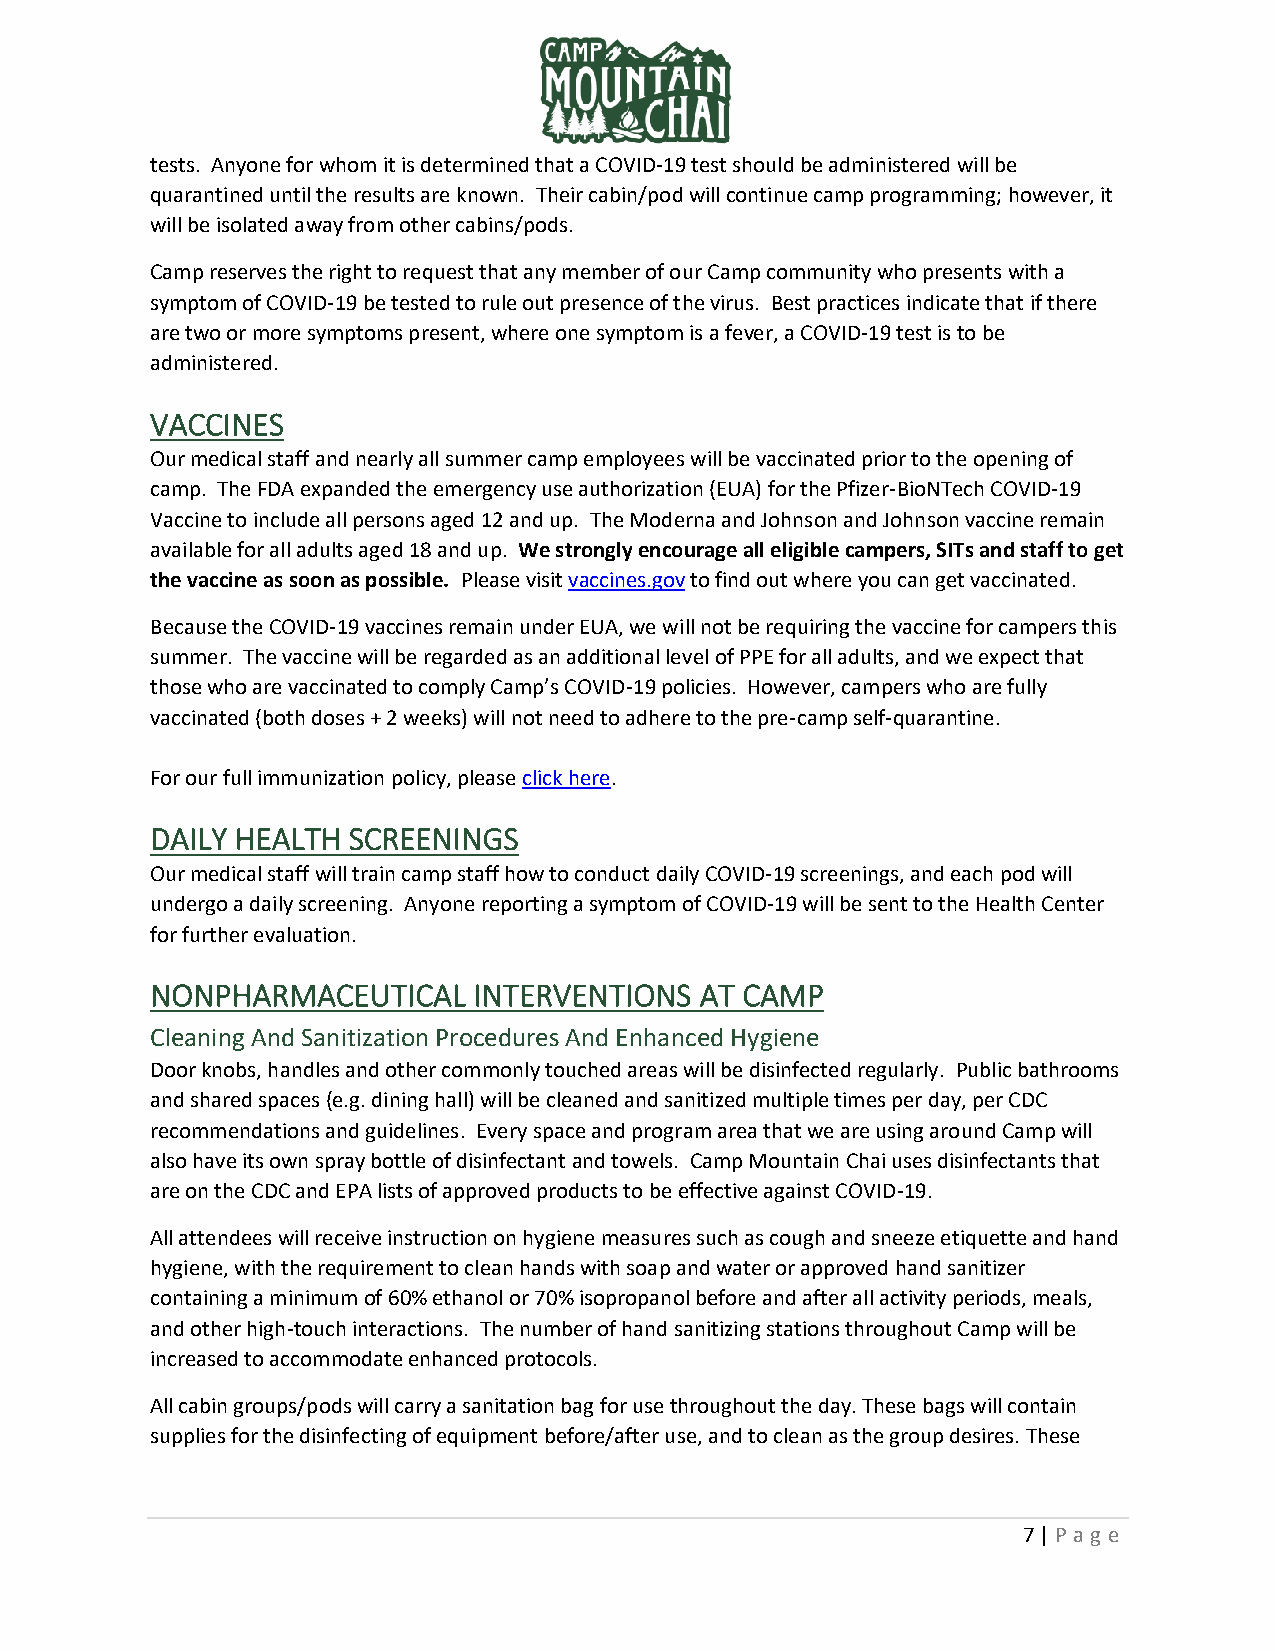
tests. Anyone for whom it is determined that a COVID-19 test should be administered will be
 quarantined until the results are known. Their cabin/pod will continue camp programming; however, it
 will be isolated away from other cabins/pods.
 Camp reserves the right to request that any member of our Camp community who presents with a
 symptom of COVID-19 be tested to rule out presence of the virus. Best practices indicate that if there
 are two or more symptoms present, where one symptom is a fever, a COVID-19 test is to be
 administered.
 VACCINES
 Our medical staff and nearly all summer camp employees will be vaccinated prior to the opening of
 camp. The FDA expanded the emergency use authorization (EUA) for the Pfizer-BioNTech COVID-19
 Vaccine to include all persons aged 12 and up. The Moderna and Johnson and Johnson vaccine remain
 available for all adults aged 18 and up. We strongly encourage all eligible campers, SITs and staff to get
 the vaccine as soon as possible. Please visit vaccines.gov to find out where you can get vaccinated.
 Because the COVID-19 vaccines remain under EUA, we will not be requiring the vaccine for campers this
 summer. The vaccine will be regarded as an additional level of PPE for all adults, and we expect that
 those who are vaccinated to comply Camp’s COVID-19 policies. However, campers who are fully
 vaccinated (both doses + 2 weeks) will not need to adhere to the pre-camp self-quarantine.
 For our full immunization policy, please click here.
 DAILY HEALTH SCREENINGS
 Our medical staff will train camp staff how to conduct daily COVID-19 screenings, and each pod will
 undergo a daily screening. Anyone reporting a symptom of COVID-19 will be sent to the Health Center
 for further evaluation.
 NONPHARMACEUTICAL    INTERVENTIONS  AT CAMP
 Cleaning And Sanitization Procedures And Enhanced Hygiene
 Door knobs, handles and other commonly touched areas will be disinfected regularly. Public bathrooms
 and shared spaces (e.g. dining hall) will be cleaned and sanitized multiple times per day, per CDC
 recommendations and guidelines. Every space and program area that we are using around Camp will
 also have its own spray bottle of disinfectant and towels. Camp Mountain Chai uses disinfectants that
 are on the CDC and EPA lists of approved products to be effective against COVID-19.
 All attendees will receive instruction on hygiene measures such as cough and sneeze etiquette and hand
 hygiene, with the requirement to clean hands with soap and water or approved hand sanitizer
 containing a minimum of 60% ethanol or 70% isopropanol before and after all activity periods, meals,
 and other high-touch interactions. The number of hand sanitizing stations throughout Camp will be
 increased to accommodate enhanced protocols.
 All cabin groups/pods will carry a sanitation bag for use throughout the day. These bags will contain
 supplies for the disinfecting of equipment before/after use, and to clean as the group desires. These
 7 | P ag e